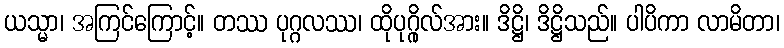
ယသ္မာ၊ အကြင်ကြောင့်။ တဿ ပုဂ္ဂလဿ၊ ထိုပုဂ္ဂိုလ်အား။ ဒိဋ္ဌိ၊ ဒိဋ္ဌိသည်။ ပါပိကာ လာမိတာ၊